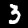
Digit: 3